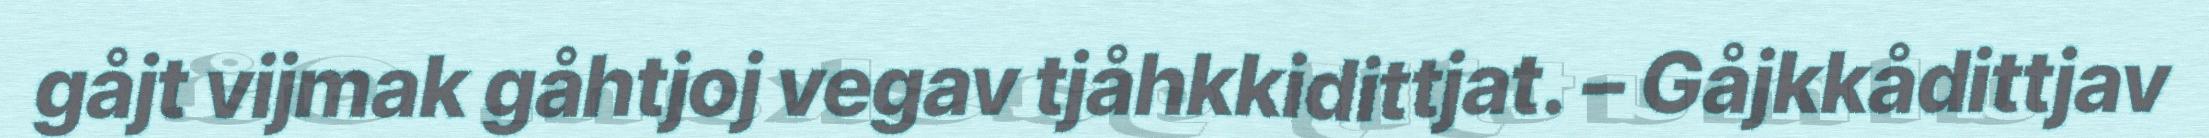
gåjt vijmak gåhtjoj vegav tjåhkkidittjat. – Gåjkkådittjav